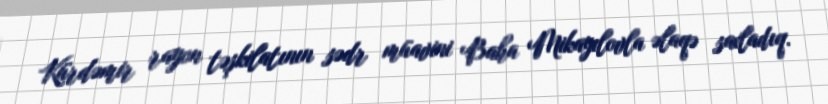
Kürdəmir rayon təşkilatının sədr müavini Baha Mikayılovla əlaqə saxladıq.